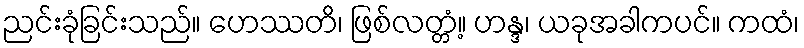
ညင်းခုံခြင်းသည်။ ဟေဿတိ၊ ဖြစ်လတ္တံ့။ ဟန္ဒ၊ ယခုအခါကပင်။ ကထံ၊